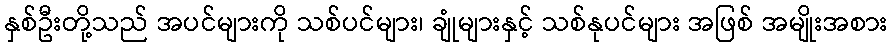
နှစ်ဦးတို့သည် အပင်များကို သစ်ပင်များ၊ ချုံများနှင့် သစ်နုပင်များ အဖြစ် အမျိုးအစား